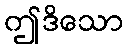
ဤဒိသော